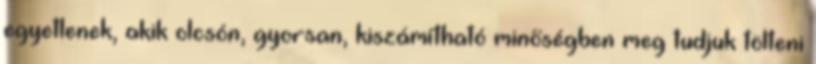
egyetlenek, akik olcsón, gyorsan, kiszámítható minőségben meg tudjuk tölteni